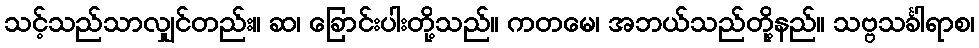
သင့်သည်သာလျှင်တည်း။ ဆ၊ ခြောင်းပါးတို့သည်။ ကတမေ၊ အဘယ်သည်တို့နည်။ သဗ္ဗသင်္ခါရာစ၊